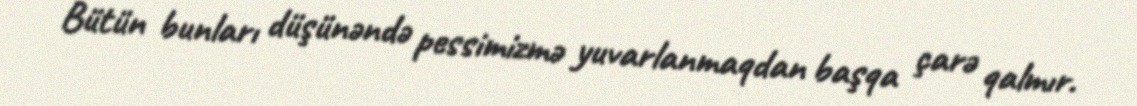
Bütün bunları düşünəndə pessimizmə yuvarlanmaqdan başqa çarə qalmır.